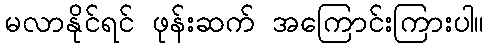
မလာနိုင်ရင် ဖုန်းဆက် အကြောင်းကြားပါ။